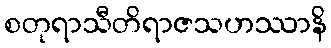
စတုရာသီတိရာဇသဟဿာနိ